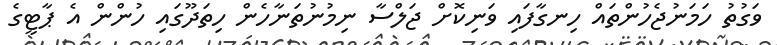
ވަގުތު ހަމަނުޖެހުންތައް ހިނގާފައި ވަނިކޮށް ޖަލްސާ ނިމުނުތަނާހެން ހިތަދޫގައި ހުންން އެ ޕާޓީގެ